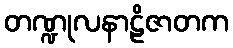
တဏ္ဍုလနာဠိဇာတက